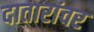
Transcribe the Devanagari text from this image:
दातारांवर